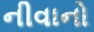
નીવાનો